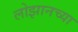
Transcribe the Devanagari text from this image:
लोझानच्या